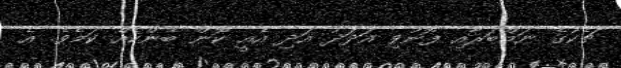
ޗެކުގެ ނަމްބަަރާއި ފޮނުވި އަދަދު އަދި އެއީ ކޮން ބޭންކެއް ކަމެވެ. އެ